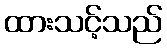
ထားသင့်သည်